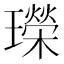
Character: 𤪤